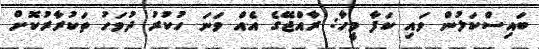
ބައިސްކަލުން ވައި ކަފާ މީހާ: ރާއްޖޭގެ އެއް ވަނަ ހުކުރު ދުވަހު ތަކުރާރުކޮށް